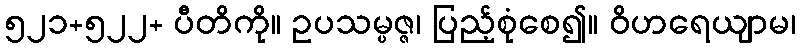
၅၂၁+၅၂၂+ ပီတိကို။ ဥပသမ္ပဇ္ဇ၊ ပြည့်စုံစေ၍။ ဝိဟရေယျာမ၊